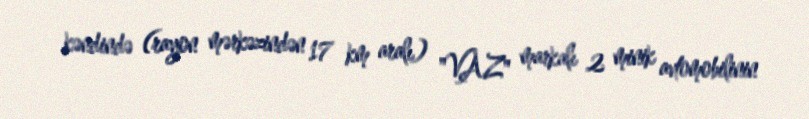
kəndində (rayon mərkəzindən 17 km aralı) "VAZ" markalı 2 minik avtomobilinin